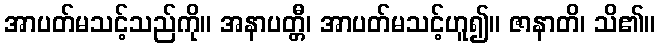
အာပတ်မသင့်သည်ကို။ အနာပတ္တီ၊ အာပတ်မသင့်ဟူ၍။ ဇာနာတိ၊ သိ၏။